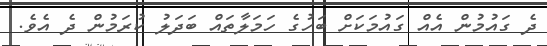
ދެ ގައުމުން އެއް ގައުމަކަށް ބަހުގެ ހަމަލާތައް ބަދަލު ކުރަމުން ދެ އެވެ.